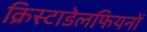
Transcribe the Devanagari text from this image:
क्रिस्टाडेलफियनों